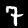
Label: 7